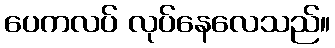
ပေကလပ် လုပ်နေလေသည်။